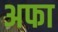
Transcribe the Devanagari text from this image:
अफा